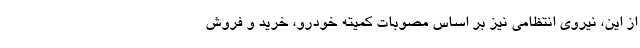
از این، نیروی انتظامی نیز بر اساس مصوبات کمیته خودرو، خرید و فروش